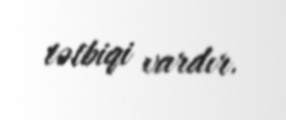
tətbiqi vardır.